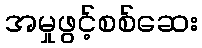
အမှုဖွင့်စစ်ဆေး